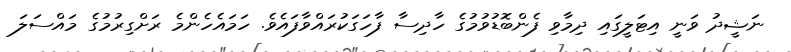
ނަޝީދު ވަނީ އިޓަލީގައި ދިމާވި ފެންބޮޑުވުމުގެ ހާދިސާ ފާހަގަކުރައްވާފައެވެ. ހަމައެހެންމެ ރަށްގިރުމުގެ މައްސަލަ